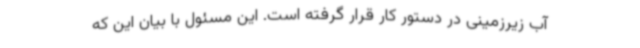
آب زیرزمینی در دستور کار قرار گرفته است. این مسئول با بیان این که